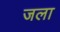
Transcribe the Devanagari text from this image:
जला